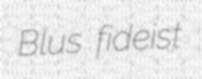
Blus fideist